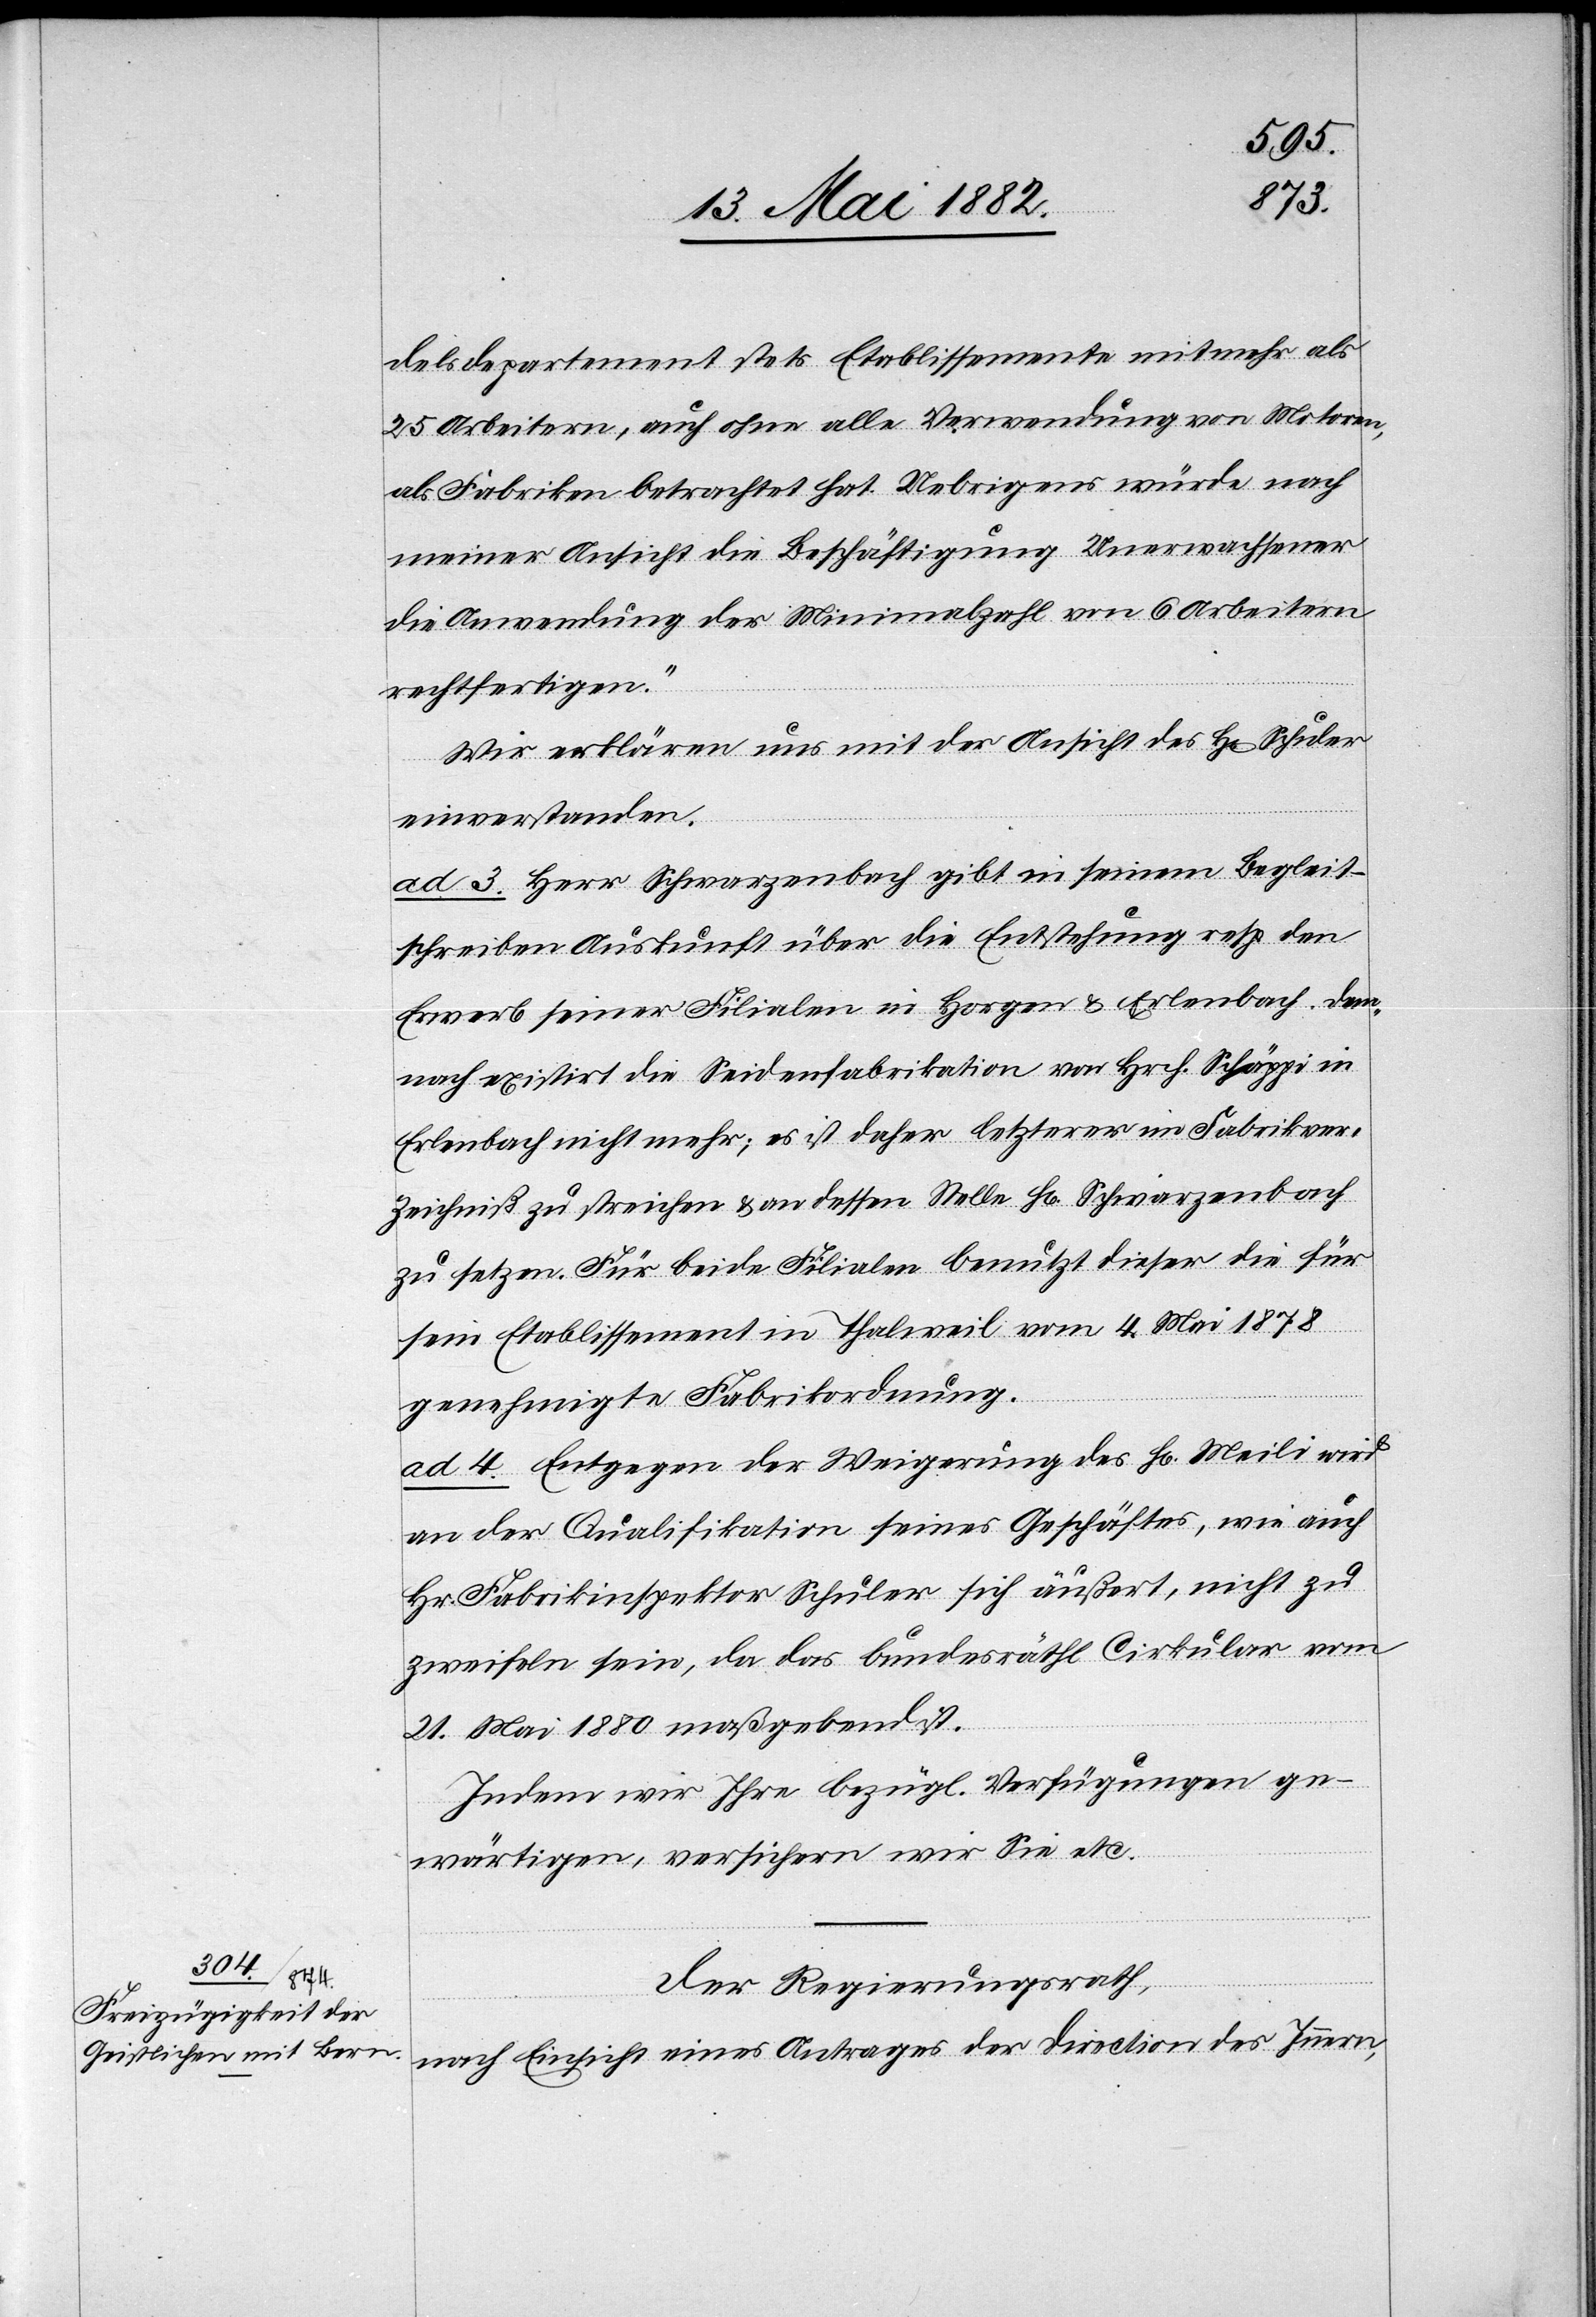
delsdepartement stets Etablissemente mit mehr als
25 Arbeitern, auch ohne alle Verwendung von Motoren,
als Fabriken betrachtet hat. Uebrigens würde nach
meiner Ansicht die Beschäftigung Unerwachsener
die Anwendung der Minimalzahl von 6 Arbeitern
rechtfertigen.“
Wir erklären uns mit der Ansicht des H[rn]. Schuler
einverstanden.
ad. 3. Herr Schwarzenbach gibt in seinem Begleit¬
schreiben Auskunft über die Entstehung resp. den
Erwerb seiner Filialen in Horgen & Erlenbach. Dem¬
nach existirt die Seidenfabrikation von Hrch. Schäppi in
Erlenbach nicht mehr; es ist daher letzterer im Fabrikver¬
zeichniß zu streichen & an dessen Stelle Hr. Schwarzenbach
zu setzen. Für beide Filialen benutzt dieser die für
sein Etablissement in Thalweil vom 4. Mai 1878
genehmigte Fabrikordnung.
ad. 4. Entgegen der Weigerung des H[rn]. Meili wird
an der Qualifikation seines Geschäftes, wie auch
Hr. Fabrikinspektor Schuler sich äußert, nicht zu
zweifeln sein, da das bundesräthl. Cirkular vom
21. Mai 1880 maßgebend ist.
Indem wir Ihre bezügl. Verfügungen ge¬
wärtigen, versichern wir Sie etc.“
Der Regierungsrath,
nach Einsicht eines Antrages der Direction des Innern,